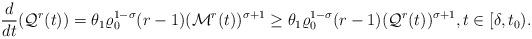
LaTeX: \begin{align*}\frac{d}{dt}(\mathcal{Q}^{r}(t)) = \theta_{1}\varrho_{0}^{1-\sigma}(r-1)(\mathcal{M}^{r}(t))^{\sigma+1} \ge \theta_{1}\varrho_{0}^{1-\sigma}(r-1)(\mathcal{Q}^{r}(t))^{\sigma+1},t\in[\delta,t_{0}).\end{align*}